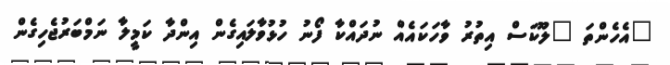
"އެހެންތަ "ލޫކަސް އިތުރު ވާހަކައެއް ނުދައްކާ ފޯނު ހުޅުވާލައިގެން އިންދާ ކަމީލާ ނަމްބަރުޖެހިގެން